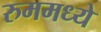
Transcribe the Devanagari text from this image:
रुममध्ये